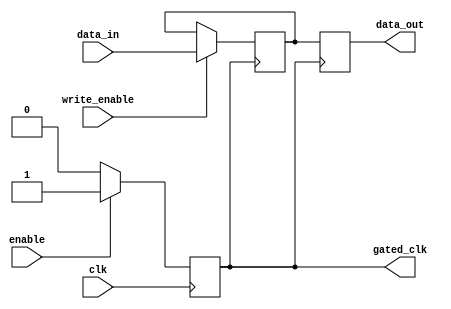
module conditional_clock_gating (
    input wire clk,            // Primary clock signal
    input wire enable,         // Enable signal for clock gating
    output wire gated_clk,     // Gated clock output
    input wire [7:0] data_in,  // Data input for memory block
    input wire write_enable,    // Write enable signal
    output reg [7:0] data_out   // Data output from memory block
);

    // Gating logic to generate gated clock
    reg gated_clk_reg;

    always @(posedge clk) begin
        if (enable) begin
            gated_clk_reg <= 1'b1; // Allow clock to pass
        end else begin
            gated_clk_reg <= 1'b0; // Disable clock
        end
    end

    assign gated_clk = gated_clk_reg;

    // Memory block (simple register for demonstration)
    reg [7:0] memory;

    always @(posedge gated_clk) begin
        if (write_enable) begin
            memory <= data_in; // Write data to memory
        end
    end

    always @(posedge gated_clk) begin
        data_out <= memory; // Read data from memory
    end

endmodule